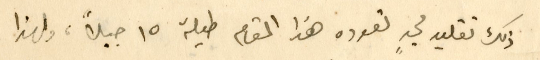
ذلك تقليد مجدٍ تعوده هذا المقام طيلة ١٥ جيلاً، ولهذا